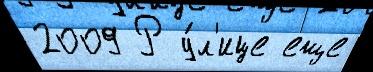
2009 Р у́л'ице еще